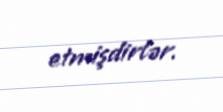
etmişdirlər.